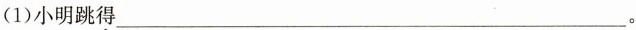
(1)小明跳得___